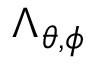
\Lambda _ { \theta , \phi }